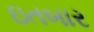
ઇતબાર